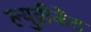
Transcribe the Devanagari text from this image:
ल्युब्रीकेंट